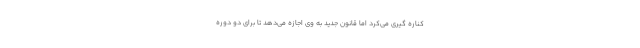
کناره گیری می‌کرد اما قانون جدید به وی اجازه می‌دهد تا برای دو دوره